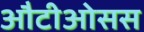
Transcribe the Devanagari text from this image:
औटीओसस